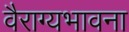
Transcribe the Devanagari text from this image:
वैराग्यभावना